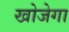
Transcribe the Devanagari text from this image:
खोजेगा